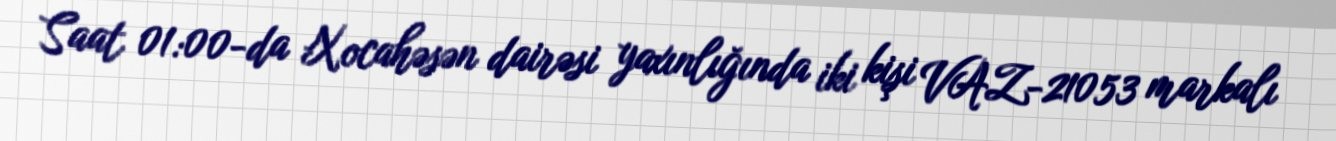
Saat 01:00-da Xocahəsən dairəsi yaxınlığında iki kişi VAZ-21053 markalı